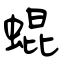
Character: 蜫